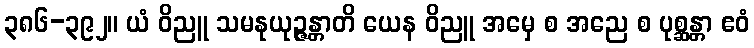
၃၈၆-၃၉၂။ ယံ ဝိညူ သမနုယုဉ္ဇန္တာတိ ယေန ဝိညူ အမှေ စ အညေ စ ပုစ္ဆန္တာ ဧဝံ